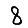
Digit: 8